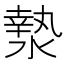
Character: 漐